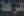
الشركة